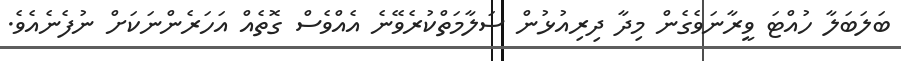
ބަލަބަލާ ހުއްޓަ ވީރާނަވެގެން މިދާ ދިރިއުޅުން ސަލާމަތްކުރެވޭނެ އެއްވެސް ގޮތެއް އަހަރެންނަކަށް ނުފެނެއެވެ.